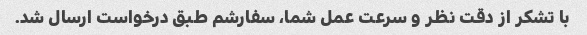
با تشکر از دقت نظر و سرعت عمل شما، سفارشم طبق درخواست ارسال شد.